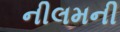
નીલમની